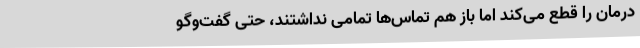
درمان را قطع می‌کند اما باز هم تماس‌ها تمامی نداشتند، حتی گفت‌وگو